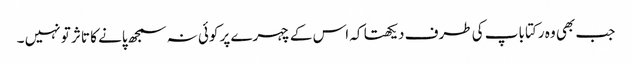
جب بھی وہ رکتا باپ کی طرف دیکھتا کہ اس کے چہرے پر کوئی نہ سمجھ پانے کا تاثر تو نہیں ۔